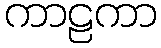
ကာဠကာ